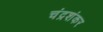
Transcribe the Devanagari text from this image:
चंद्रशंकर